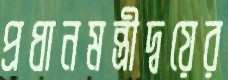
প্রধানমন্ত্রীদ্বয়ের